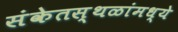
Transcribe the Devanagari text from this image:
संकेतस्थळांमध्ये